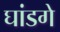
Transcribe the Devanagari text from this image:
घांडगे